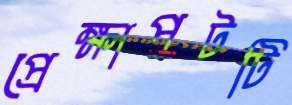
প্রেক্ষাপটটি